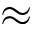
\approx